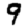
Digit: 9